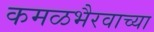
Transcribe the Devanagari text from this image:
कमळभैरवाच्या